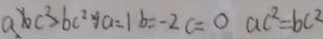
a b c ^ { 2 } > b c ^ { 2 } y a = 1 b = - 2 c = 0 a c ^ { 2 } = b c ^ { 2 }